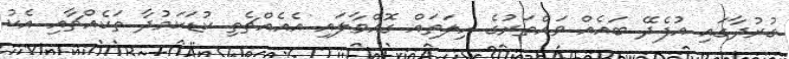
ގުރުދާގައި އުފެދޭ ބައެއް ވައްތަރުގެ ހިލަތައް ގޮއްވާލައި އެއެއްޗެތި ކުޑަކަމުދާ ތަކެއްޗާއި އެކު